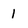
Character: l